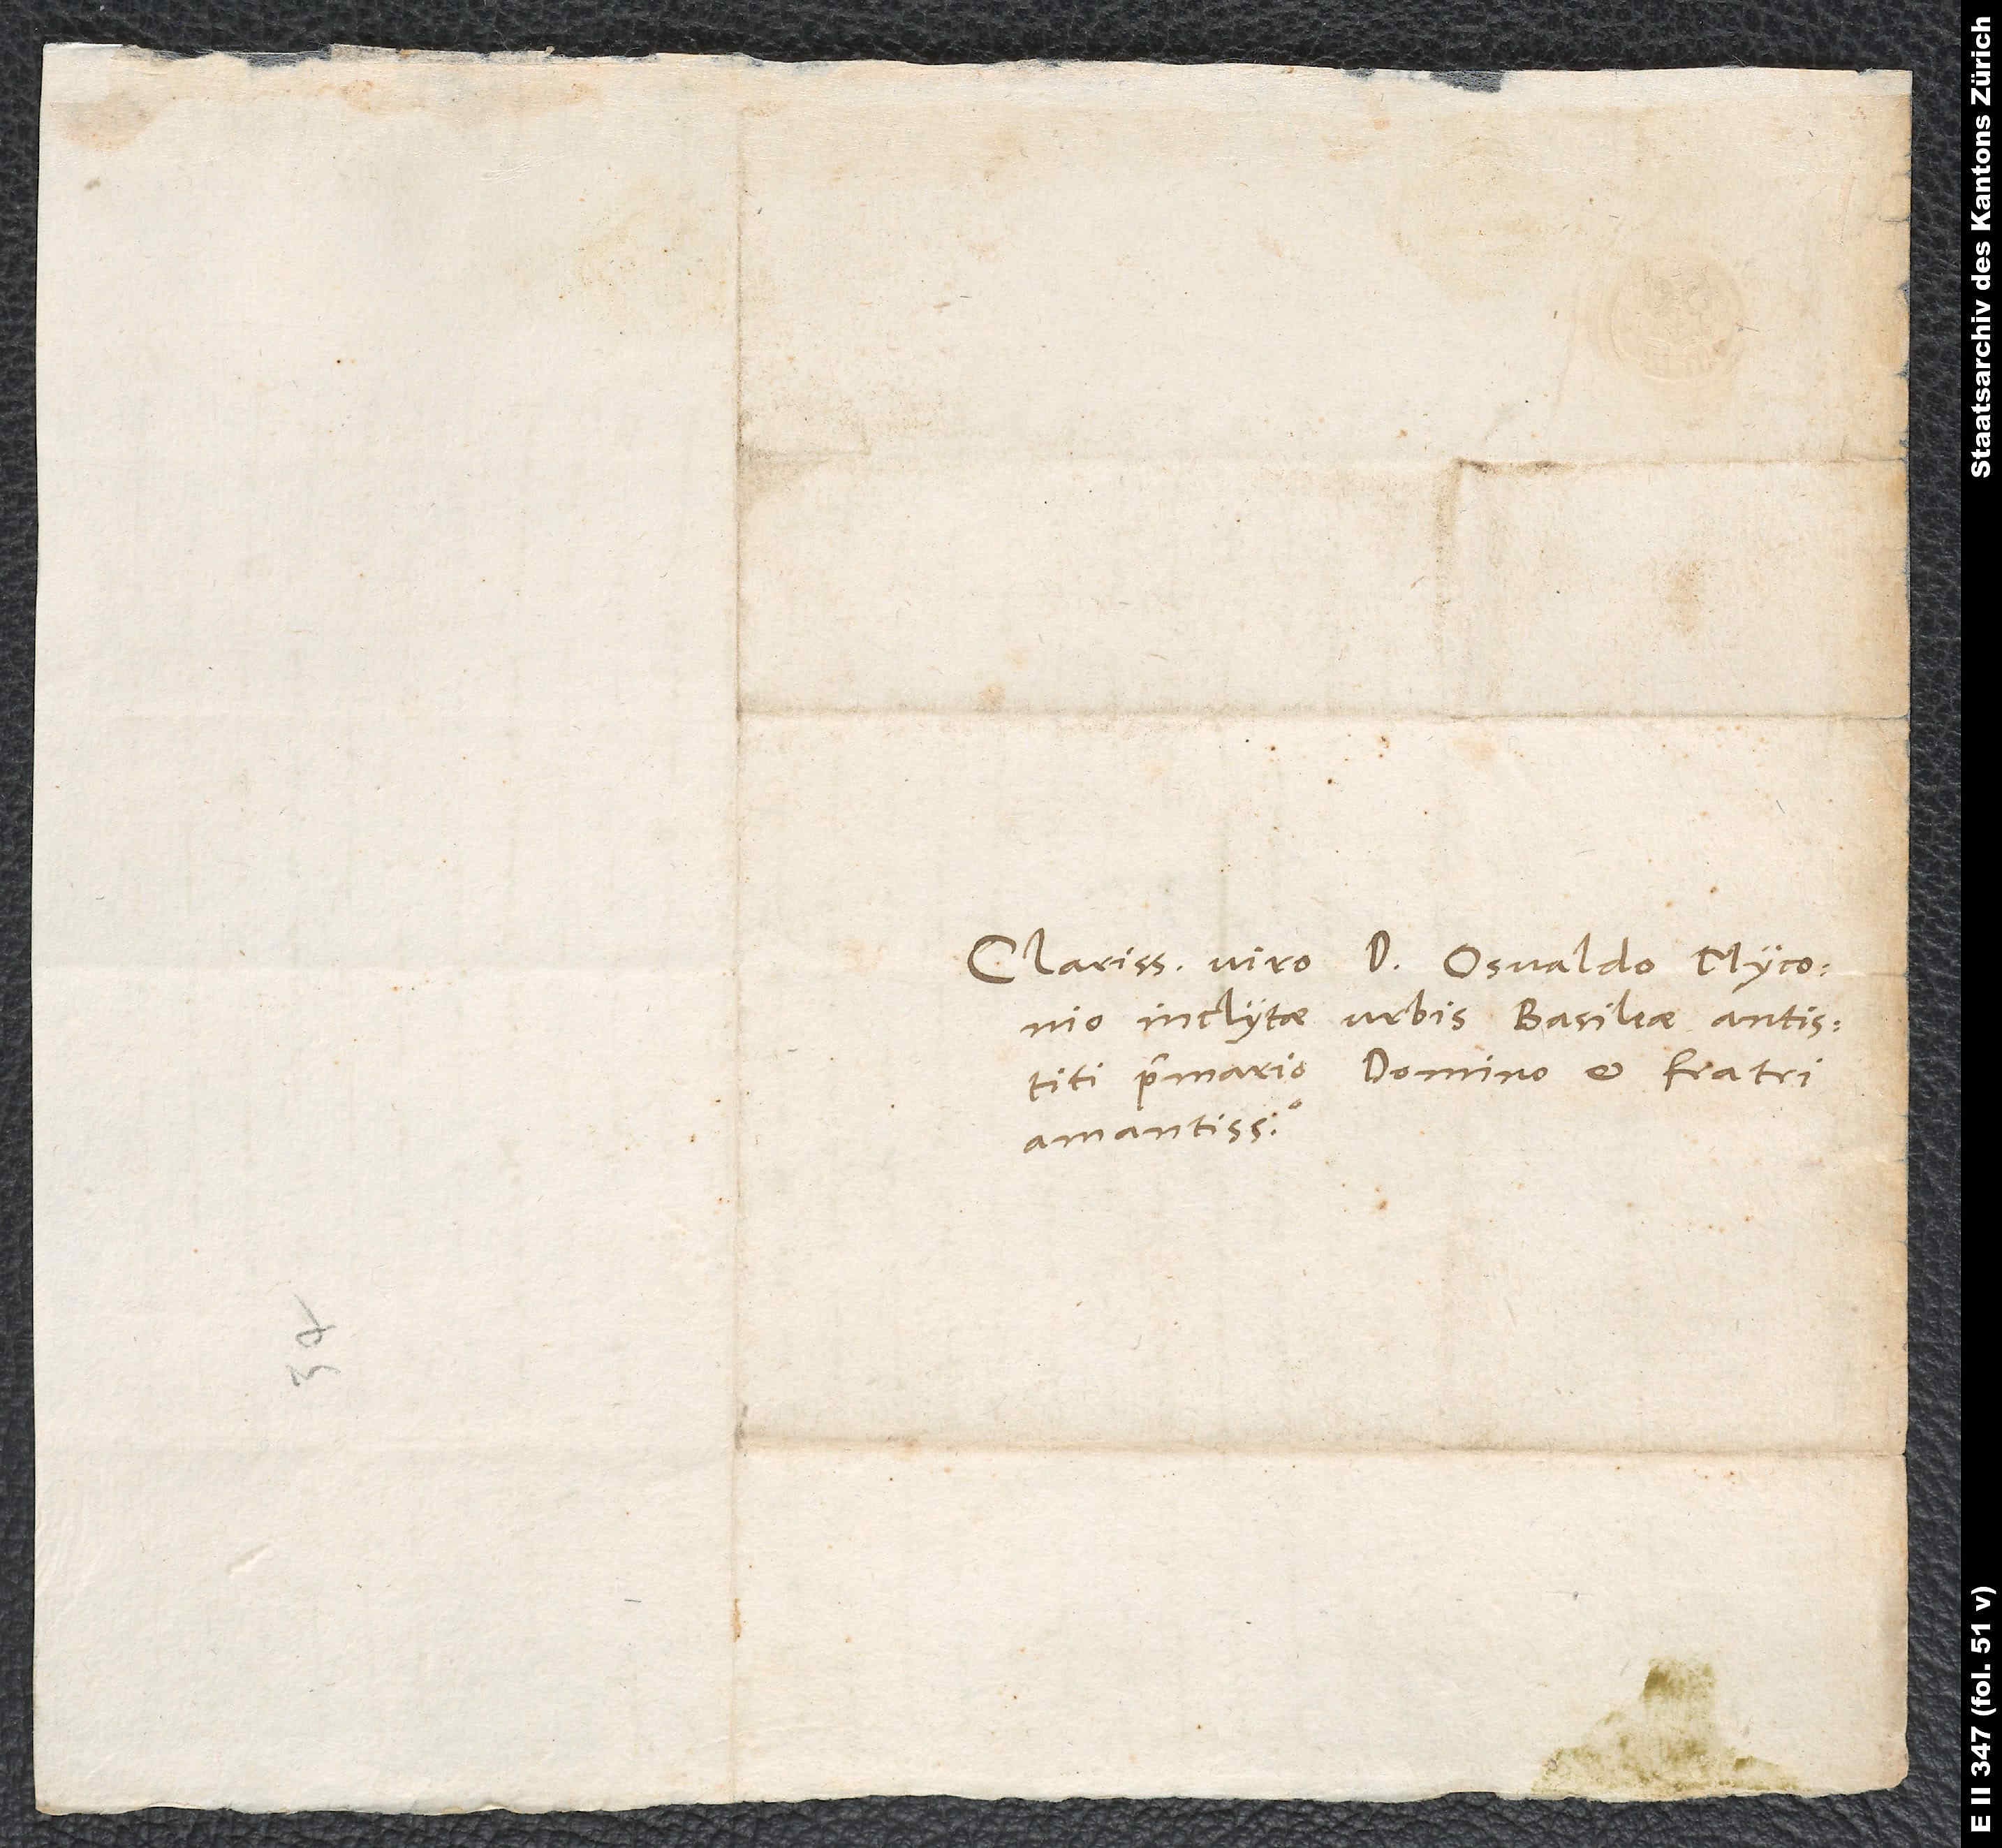
Clarissimo viro d. Osvaldo Myconio,
inclytae urbis Basileae antistiti
primario, domino et fratri
amantissimo.